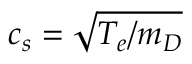
c _ { s } = \sqrt { T _ { e } / m _ { D } }